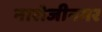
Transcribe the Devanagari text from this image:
नारोजीनगर